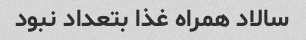
سالاد همراه غذا بتعداد نبود